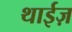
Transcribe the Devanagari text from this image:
थाईज़